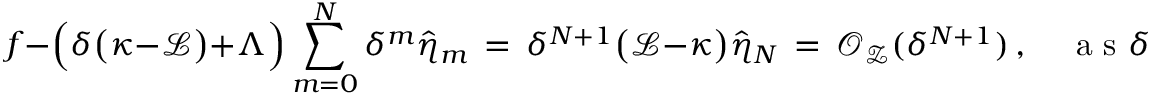
f - \Bigl ( \delta \bigl ( \kappa - \mathcal { L } \bigr ) + \Lambda \Bigr ) \sum _ { m = 0 } ^ { N } \delta ^ { m } \hat { \eta } _ { m } \, = \, \delta ^ { N + 1 } \bigl ( \mathcal { L } - \kappa \bigr ) \hat { \eta } _ { N } \, = \, \mathcal { O } _ { \mathcal { Z } } ( \delta ^ { N + 1 } ) \, , \quad \mathrm { ~ a ~ s ~ } \delta \to 0 \, .